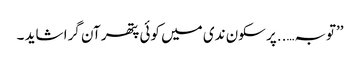
’’توبہ…..پر سکون ندی میں کوئی پتھر آن گرا شاید ۔